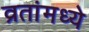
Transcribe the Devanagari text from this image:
व्रतांमध्ये